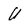
Character: U